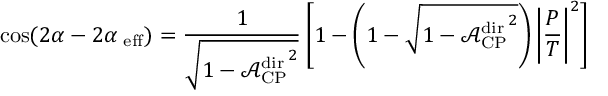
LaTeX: \cos ( 2 \alpha - 2 \alpha _ { \mathrm { \mathrm { \scriptsize ~ e f f } } } ) = \frac { 1 } { \sqrt { 1 - { \mathcal { A } _ { \mathrm { C P } } ^ { \mathrm { d i r } } } ^ { 2 } } } \left[ 1 - \left( 1 - \sqrt { 1 - { \mathcal { A } _ { \mathrm { C P } } ^ { \mathrm { d i r } } } ^ { 2 } } \right) \left| \frac { P } { T } \right| ^ { 2 } \right]